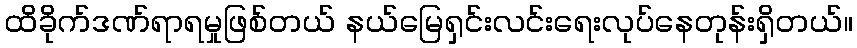
ထိခိုက်ဒဏ်ရာရမှုဖြစ်တယ် နယ်မြေရှင်းလင်းရေးလုပ်နေတုန်းရှိတယ်။